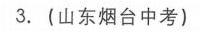
3.（山东烟台中考）